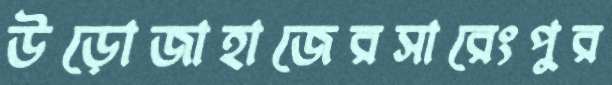
উড়োজাহাজেরসারেংপুর